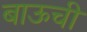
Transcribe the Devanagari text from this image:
बाऊची